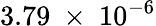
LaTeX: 3.79~\times~10^{-6}